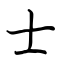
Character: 士